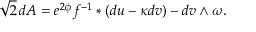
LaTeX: \sqrt { 2 } \, d A = e ^ { 2 \phi } f ^ { - 1 } \ast ( d u - \kappa d v ) - d v \wedge \omega .